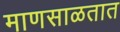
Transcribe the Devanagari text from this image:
माणसाळतात